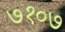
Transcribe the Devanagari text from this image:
७१०७